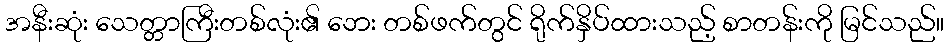
အနီးဆုံး သေတ္တာကြီးတစ်လုံး၏ ဘေး တစ်ဖက်တွင် ရိုက်နှိပ်ထားသည့် စာတန်းကို မြင်သည်။